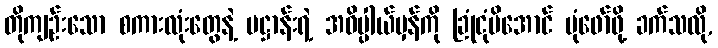
တိုကျဉ်းသော စကားလုံးတွေနဲ့ ပဋ္ဌာန်းရဲ့ အဓိပ္ပါယ်မှန်ကို ခြုံငုံမိအောင် ပုံဖော်ဖို့ ခက်သလို,